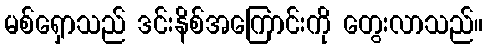
မစ်ရှောသည် ဒင်းနိစ်အကြောင်းကို တွေးလာသည်။